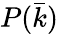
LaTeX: P(\bar{k})